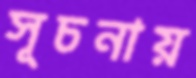
সূচনায়